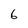
Character: 6